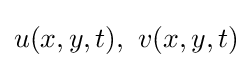
u(x,y,t),\ v(x,y,t)